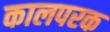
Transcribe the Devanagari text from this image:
कालपरक